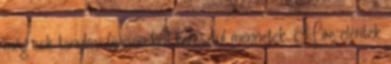
még sok tanulási fázison kell keresztül mennetek. Mire eléritek